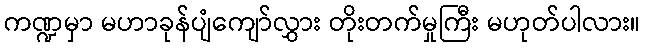
ကဏ္ဍမှာ မဟာခုန်ပျံကျော်လွှား တိုးတက်မှုကြီး မဟုတ်ပါလား။